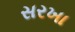
સરખા